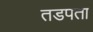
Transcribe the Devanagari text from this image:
तडपता